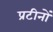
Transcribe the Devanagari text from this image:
प्रटीनों